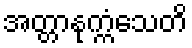
အတ္တာနုက္ကံသေတိ